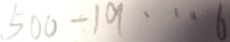
5 0 0 - 1 9 \cdots 6